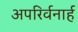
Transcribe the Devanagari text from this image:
अपरिर्वनार्ह